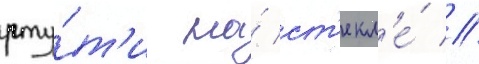
рту́т'и на́ ст'екл'е́ //